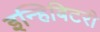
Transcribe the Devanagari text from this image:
इन्हिबिटरी